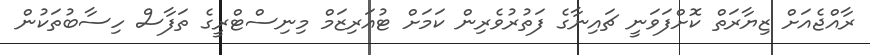
ރާއްޖެއަށް ޒިޔާރަތް ކޮށްފަވަނީ ޗައިނާގެ ފަތުރުވެރިން ކަމަށް ޓުއަރިޒަމް މިނިސްޓްރީގެ ތަފާސް ހިސާބުތަކުން